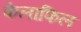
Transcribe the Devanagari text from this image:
फेलाफिल